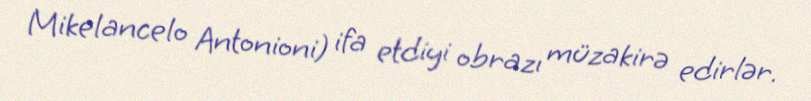
Mikelancelo Antonioni) ifa etdiyi obrazı müzakirə edirlər.